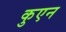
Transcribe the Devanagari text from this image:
कुएन